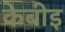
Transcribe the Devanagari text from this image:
केबीइ